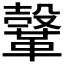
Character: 𩌥